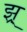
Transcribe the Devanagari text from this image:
झ्र्